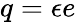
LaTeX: q=\epsilon e